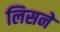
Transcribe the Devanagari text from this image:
लिसने